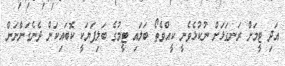
އަދި ޓީމަށް ރަނގަޅަށް ނުކުޅެވެނީ ކީއްވެތޯ ބަލައި ޓީމުގެ ބަލިފަޔަކީ ކޮބައިކަން ދެނެގަންނަން